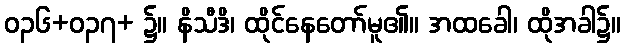
ဝ၃၆+ဝ၃၇+ ၌။ နိသီဒိ၊ ထိုင်နေတော်မူ၏။ အထခေါ၊ ထိုအခါ၌။